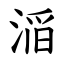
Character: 㴞